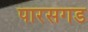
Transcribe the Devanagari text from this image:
पारसगड